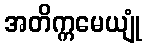
အတိက္ကမေယျုံ